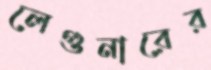
লেগুনারের